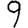
Digit: 9